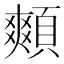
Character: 䫪